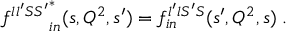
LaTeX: { f ^ { l l ^ { \prime } S S ^ { \prime } } } _ { i n } ^ { * } ( s , Q ^ { 2 } , s ^ { \prime } ) = f _ { i n } ^ { l ^ { \prime } l S ^ { \prime } S } ( s ^ { \prime } , Q ^ { 2 } , s ) \; .